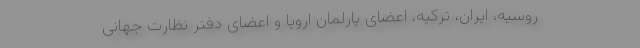
روسیه، ایران، ترکیه، اعضای پارلمان اروپا و اعضای دفتر نظارت جهانی